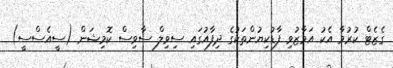
ގެޒެޓް ކުރުމާ އެކު އަމާޒުވި ފާޑުކިޔުންތަކުގެ ދިފާއުގައި ސިވިލް ސާވިސް ކޮމިޝަން (ސީއެސްސީ)